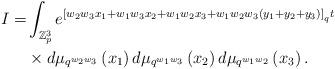
LaTeX: \begin{align*}I= & \int_{\mathbb{Z}_{p}^{3}}e^{\left[w_{2}w_{3}x_{1}+w_{1}w_{3}x_{2}+w_{1}w_{2}x_{3}+w_{1}w_{2}w_{3}\left(y_{1}+y_{2}+y_{3}\right)\right]_{q}t}\\ & \times d\mu_{q^{w_{2}w_{3}}}\left(x_{1}\right)d\mu_{q^{w_{1}w_{3}}}\left(x_{2}\right)d\mu_{q^{w_{1}w_{2}}}\left(x_{3}\right).\end{align*}